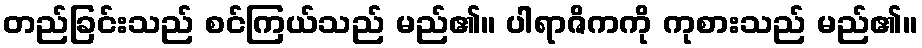
တည်ခြင်းသည် စင်ကြယ်သည် မည်၏။ ပါရာဇိကကို ကုစားသည် မည်၏။